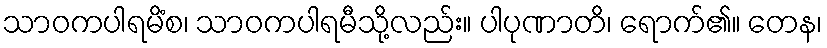
သာဝကပါရမိံစ၊ သာဝကပါရမီသို့လည်း။ ပါပုဏာတိ၊ ရောက်၏။ တေန၊